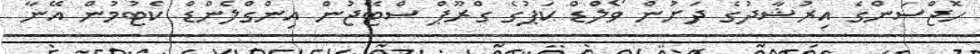
ހޮޖްސަންގެ އިރުޝާދުގެ ދަށުން ވޯލްޑް ކަޕުގެ ގްރޫޕް ސްޓޭޖުން އިންގްލެންޑް ކެޓުމުން އޭނާ